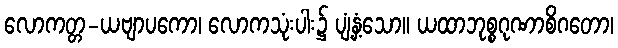
လောကတ္တ-ယဗျာပကော၊ လောကသုံးပါး၌ ပျံ့နှံ့သော။ ယထာဘုစ္စဂုဏာစိဂတော၊